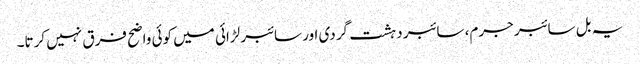
یہ بل سائبر جرم، سائبر دہشت گردی اور سائبر لڑائی میں کوئی واضح فرق نہیں کرتا۔